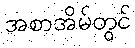
အစာအိမ်တွင်